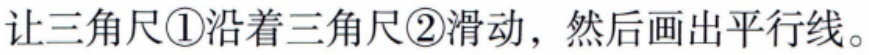
让三角尺\textcircled{1}沿着三角尺\textcircled{2}滑动，然后画出平行线。